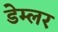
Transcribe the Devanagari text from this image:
डेम्लर